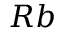
R b